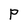
Character: P